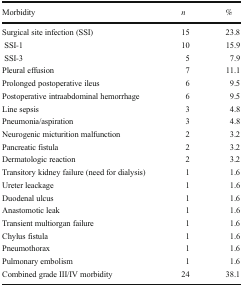
| Morbidity | n | % |
 | --- | --- | --- |
 | Surgical site infection (SSI) | 15 | 23.8 |
 | SSI-1 | 10 | 15.9 |
 | SSI-3 | 5 | 7.9 |
 | Pleural effusion | 7 | 11.1 |
 | Prolonged postoperative ileus | 6 | 9.5 |
 | Postoperative intraabdominal hemorrhage | 6 | 9.5 |
 | Line sepsis | 3 | 4.8 |
 | Pneumonia/aspiration | 3 | 4.8 |
 | Neurogenic micturition malfunction | 2 | 3.2 |
 | Pancreatic fistula | 2 | 3.2 |
 | Dermatologic reaction | 2 | 3.2 |
 | Transitory kidney failure (need for dialysis) | 1 | 1.6 |
 | Ureter leackage | 1 | 1.6 |
 | Duodenal ulcus | 1 | 1.6 |
 | Anastomotic leak | 1 | 1.6 |
 | Transient multiorgan failure | 1 | 1.6 |
 | Chylus fistula | 1 | 1.6 |
 | Pneumothorax | 1 | 1.6 |
 | Pulmonary embolism | 1 | 1.6 |
 | Combined grade III/IV morbidity | 24 | 38.1 |